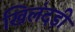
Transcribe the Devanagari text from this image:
खिलंदड़ी